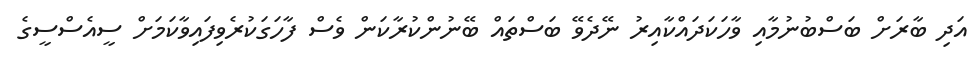
އަދި ބާރަށް ބަސްބުނުމާއި ވާހަކަދައްކާއިރު ނޭދެވޭ ބަސްތައް ބޭނުންކުރާކަން ވެސް ފާހަގަކުރެވިފައިވާކަމަށް ސީއެސްސީގެ